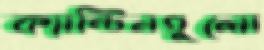
ক্যান্টিনগুলো